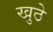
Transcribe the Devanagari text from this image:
खुठे